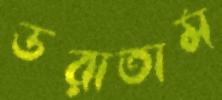
ডরাতাম